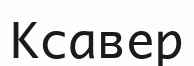
Ксавер